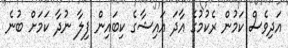
އަދިވެސް ކަމުން ރެކުމުގެ އާދަ އައިޝާގެ ކިބައިން ފިލާ ނުދާ ކަމަށް ބުނެ